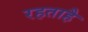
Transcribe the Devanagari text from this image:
रहताहै